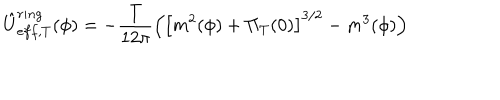
\hat { U } _ { e f f , T } ^ { r i n g } ( \phi ) = - \frac T { 1 2 \pi } \left( \left[ m ^ { 2 } ( \phi ) + \Pi _ { T } ( 0 ) \right] ^ { 3 / 2 } - m ^ { 3 } ( \phi ) \right)